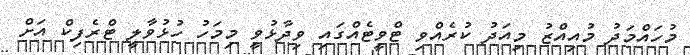
މުހައްމަދު މުއިއްޒު މިއަދު ކުރެއްވި ޓްވީޓެއްގައި ވިދާޅުވީ މިމަހު ހުޅުވާލީ ޓްރެފިކް އަށް